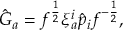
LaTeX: \hat { G } _ { a } = f ^ { \frac { 1 } { 2 } } \xi _ { a } ^ { i } \hat { p } _ { i } f ^ { - { \frac { 1 } { 2 } } } ,